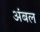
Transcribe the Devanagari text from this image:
अंबल